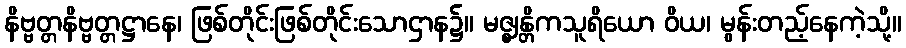
နိဗ္ဗတ္တနိဗ္ဗတ္တဋ္ဌာနေ၊ ဖြစ်တိုင်းဖြစ်တိုင်းသောဌာန၌။ မဇ္ဈန္တိကသူရိယော ဝိယ၊ မွန်းတည့်နေကဲ့သို့။